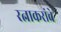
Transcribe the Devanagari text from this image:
रत्नाकरांचे